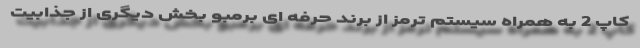
کاپ 2 به همراه سیستم ترمز از برند حرفه ای برمبو بخش دیگری از جذابیت